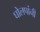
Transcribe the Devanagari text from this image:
घोलपांनी